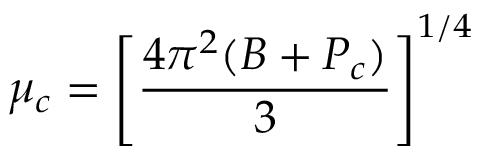
\mu _ { c } = \left[ \frac { 4 \pi ^ { 2 } ( B + P _ { c } ) } { 3 } \right] ^ { 1 / 4 }